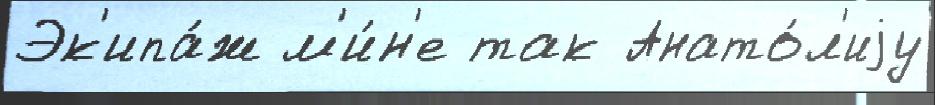
Эк'ипа́ж м'и́н'е так Анато́л'иjу